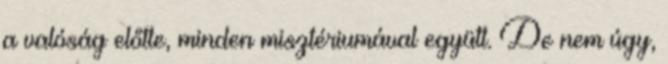
a valóság előtte, minden misztériumával együtt. De nem úgy,